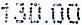
130.00